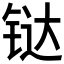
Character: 𫟼